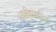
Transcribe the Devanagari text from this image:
व्यक्तीप्रभावित